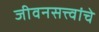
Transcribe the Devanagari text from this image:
जीवनसत्त्वांचे